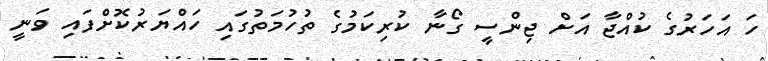
ހަ އަހަރުގެ ކުއްޖާ އަށް ޖިންސީ ގޯނާ ކުރިކަމުގެ ތުހުމަތުގައި ހައްޔަރުކޮށްފައި ވަނީ